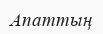
Апаттың